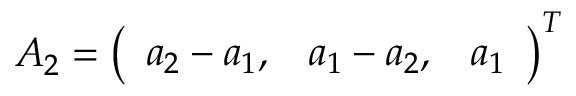
A _ { 2 } = \left( \begin{array} { l l l } { a _ { 2 } - a _ { 1 } , } & { a _ { 1 } - a _ { 2 } , } & { a _ { 1 } } \end{array} \right) ^ { T }